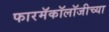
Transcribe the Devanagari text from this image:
फारमॅकॉलॉजीच्या